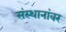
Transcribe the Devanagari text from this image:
संस्थानांवर